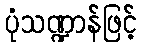
ပုံသဏ္ဍာန်ဖြင့်